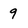
Character: 9